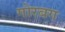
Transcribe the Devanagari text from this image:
गोरबग